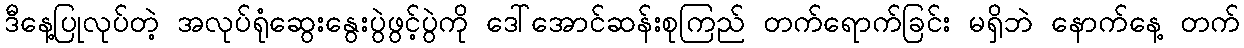
ဒီနေ့ပြုလုပ်တဲ့ အလုပ်ရုံဆွေးနွေးပွဲဖွင့်ပွဲကို ဒေါ်အောင်ဆန်းစုကြည် တက်ရောက်ခြင်း မရှိဘဲ နောက်နေ့ တက်